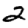
Digit: 2